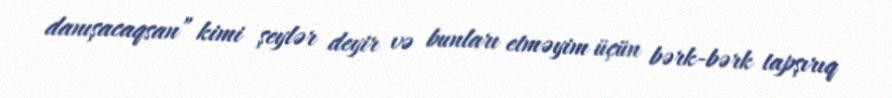
danışacaqsan” kimi şeylər deyir və bunları etməyim üçün bərk-bərk tapşırıq